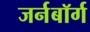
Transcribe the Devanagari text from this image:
जर्नबॉर्ग